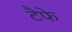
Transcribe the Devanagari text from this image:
टैफे